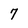
Character: 7